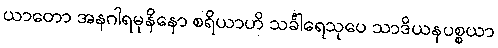
ယာတော အနဂါရမုနိနော စရိယာဟိ သင်္ခါရေသုပေ သာဒိယနပစ္စယာ